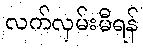
လက်လှမ်းမီရန်